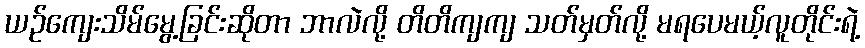
ယဉ်ကျေးသိမ်မွေ့ခြင်းဆိုတာ ဘာလဲလို့ တိတိကျကျ သတ်မှတ်လို့ မရပေမယ့်လူတိုင်းရဲ့